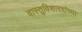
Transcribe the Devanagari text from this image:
वास्तुविशारदांच्या